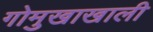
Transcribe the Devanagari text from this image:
गोमुखाखाली